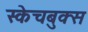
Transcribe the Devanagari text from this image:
स्केचबुक्स